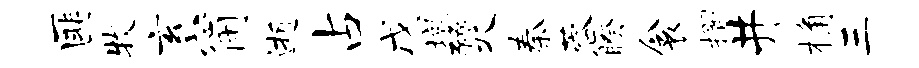
匪牧玄甯逝占戊墩燹秦蓉睽衾摺井桷三